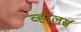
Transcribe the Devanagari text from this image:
व्हीलर्स